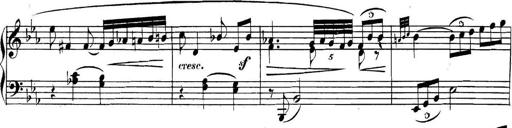
Title: Collected Piano Sonatas
Composer: Muzio Clementi